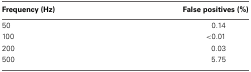
<table><thead><tr><td><b>Frequency (Hz)</b></td><td><b>False positives (%)</b></td></tr></thead><tbody><tr><td>50</td><td>0.14</td></tr><tr><td>100</td><td>&lt;0.01</td></tr><tr><td>200</td><td>0.03</td></tr><tr><td>500</td><td>5.75</td></tr></tbody></table>